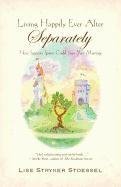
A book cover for Living Happily Ever After--Separately; Lise Stryker Stoessel; Parenting & Relationships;